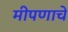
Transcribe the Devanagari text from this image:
मीपणाचे